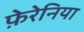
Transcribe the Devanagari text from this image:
फ़ेरेनिया